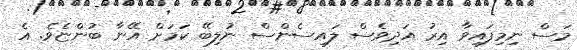
މަސް ނިމިފައިވާ އިރު އަދިވެސް ލައިސެންސް ނުލިބޭ ކަމަށް އޭނާ ބުންޏެވެ. އެ